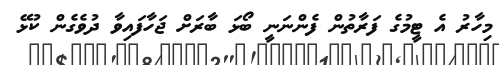
މިހާރު އެ ޓީމުގެ ފަރާތުން ފެންނަނީ ބޯޅަ ބާރަށް ޖަހާފައިވާ ދުވެގެން ކުޅޭ